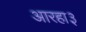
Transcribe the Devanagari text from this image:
आरहा३